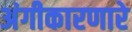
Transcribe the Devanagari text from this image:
अंगीकारणारे